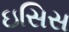
ઇસિસ